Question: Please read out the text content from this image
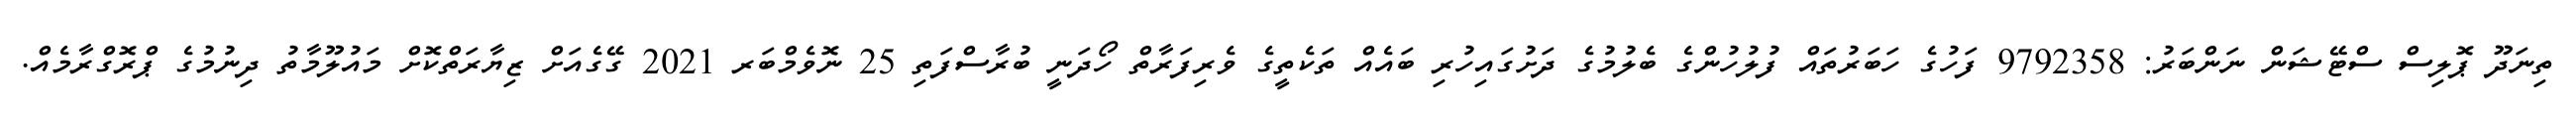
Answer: ތިނަދޫ ޕޮލިސް ސްޓޭޝަން ނަންބަރު: 9792358 ފަހުގެ ހަބަރުތައް ފުލުހުންގެ ބެލުމުގެ ދަށުގައިހުރި ބައެއް ތަކެތީގެ ވެރިފަރާތް ހޯދަނީ ބުރާސްފަތި 25 ނޮވެމްބަރ 2021 ގޭގެއަށް ޒިޔާރަތްކޮށް މައުލޫމާތު ދިނުމުގެ ޕްރޮގްރާމެއް.